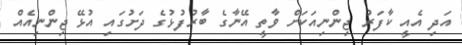
އަދި އެއީ ކާފަރު ޖިންނިއަކަށް ވާތީ އޭނާގެ ބާރުފުޅުގެ ދަށުގައި އުޅޭ ޖިންނިއެއް